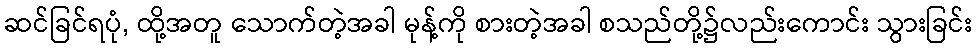
ဆင်ခြင်ရပုံ, ထို့အတူ သောက်တဲ့အခါ မုန့်ကို စားတဲ့အခါ စသည်တို့၌လည်းကောင်း သွားခြင်း